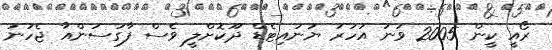
ރޯއީ ކީން 2005 ވަނަ އަހަރު ޔުނައިޓެޑް ދޫކޮށްލީ ވެސް ފާގަސަންއާ ޖެހުނު